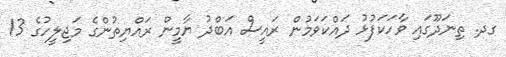
ގދ. ތިނަދޫގައި ވާހަކަފުޅު ދައްކަވަމުން ރައީސް އަބްދު ޔާމީން ރައްޔިތުންގެ މަޖިލީހުގެ 13